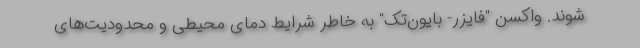
شوند. واکسن "فایزر- بایون‌تک" به خاطر شرایط دمای محیطی و محدودیت‌های